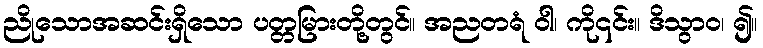
ညိုသောအဆင်းရှိသော ပတ္တမြားတို့တွင်။ အညတရံ ဝါ၊ ကို၎င်း။ ဒိသွာဝ၊ ၍။